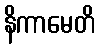
နိကာမေတိ